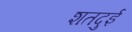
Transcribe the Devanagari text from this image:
शतदुई